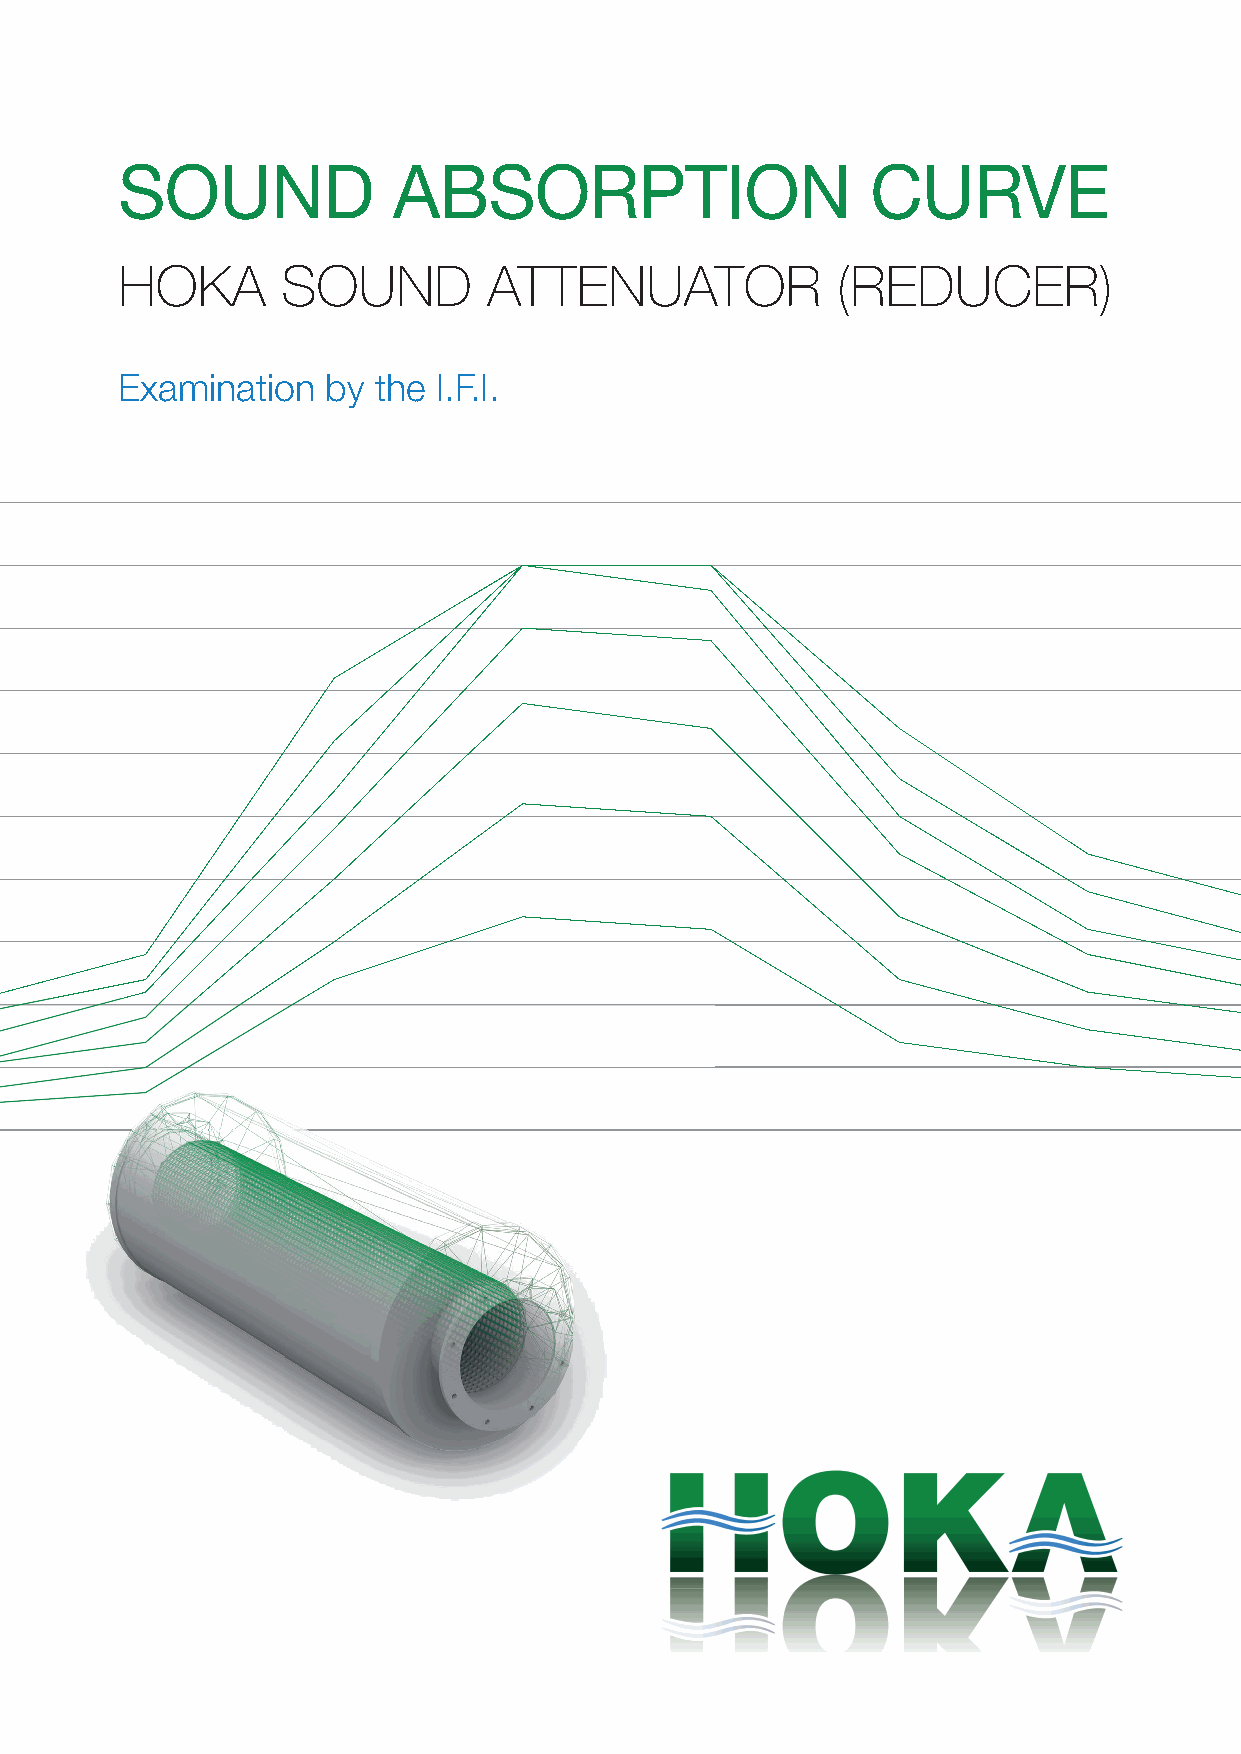
SOUND             ABSORPTION                      CURVE
 HOKA       SOUND        ATTENUATOR             (REDUCER)
 Examination   by the I.F.I.